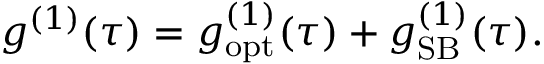
g ^ { ( 1 ) } ( \tau ) = g _ { \mathrm { o p t } } ^ { ( 1 ) } ( \tau ) + g _ { \mathrm { S B } } ^ { ( 1 ) } ( \tau ) .